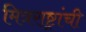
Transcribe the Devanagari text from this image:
मित्रराष्ट्रांची